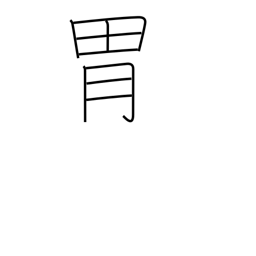
Meaning: paunch